Bréfritari: Þorsteinn Torfason
Viðtakandi: Friðfinnur Illugason
Dagsetning: A-1863-12-04
Skrifað á: Hlíðarenda  S-Þing.

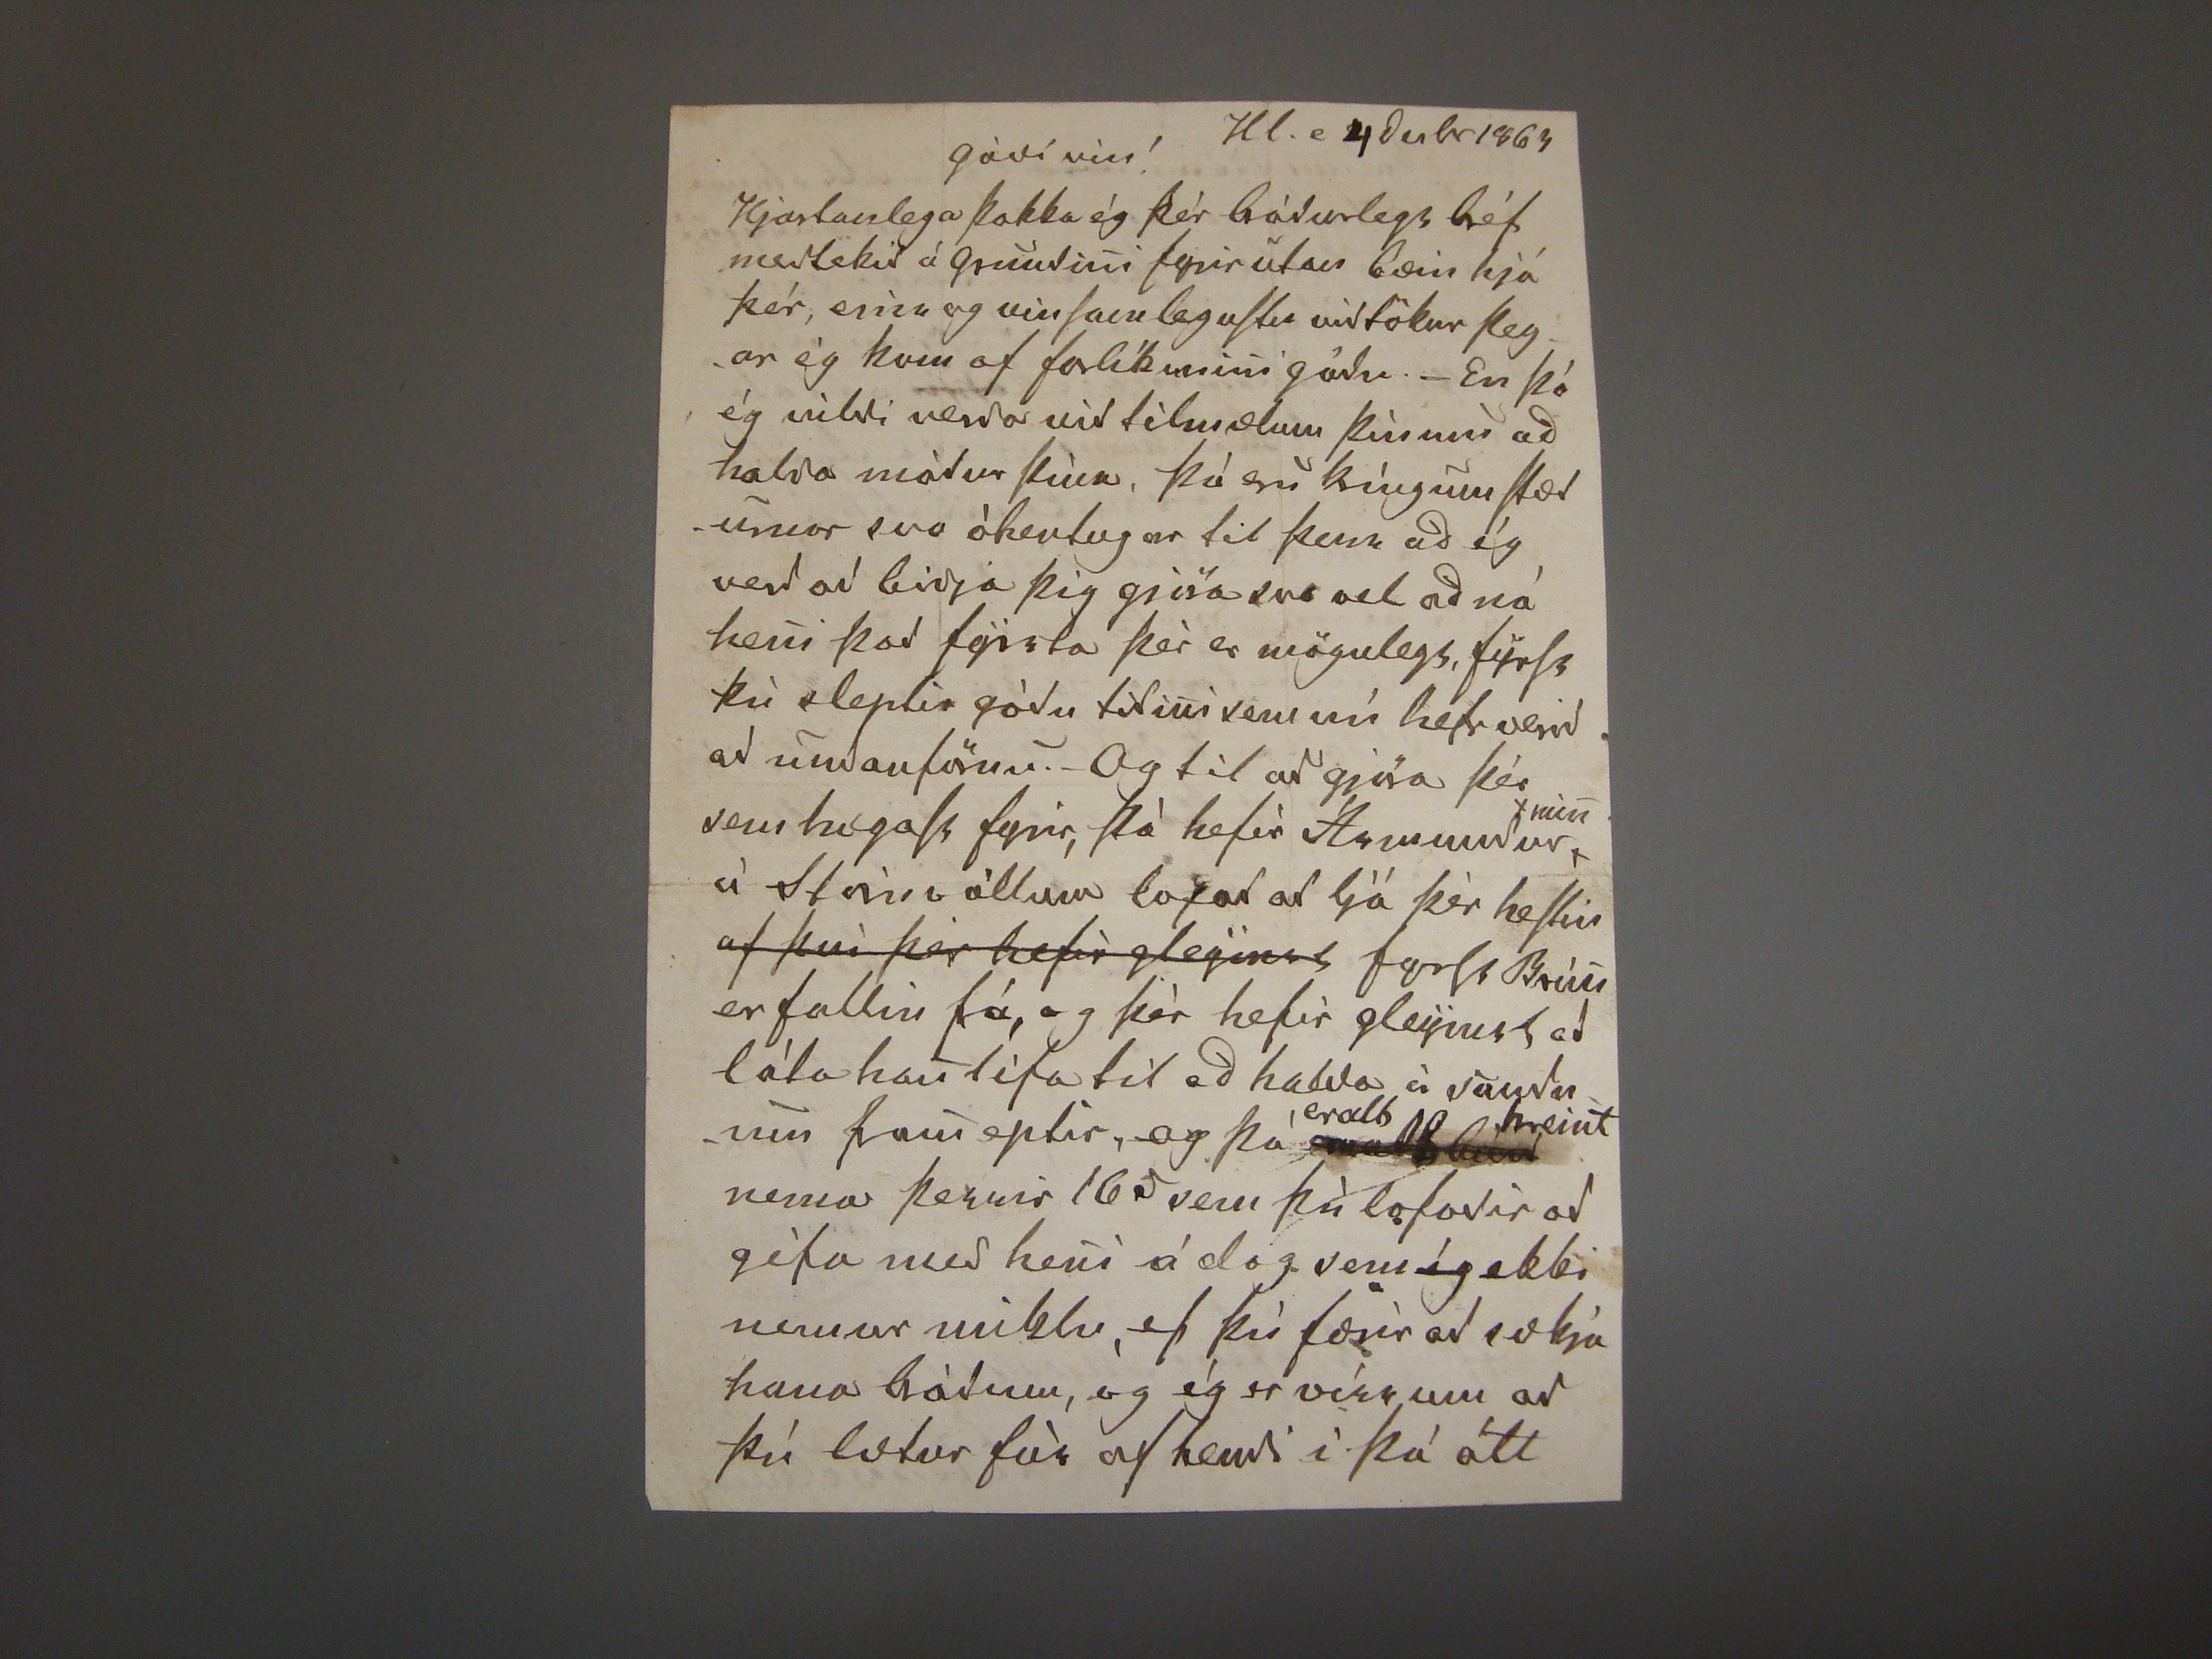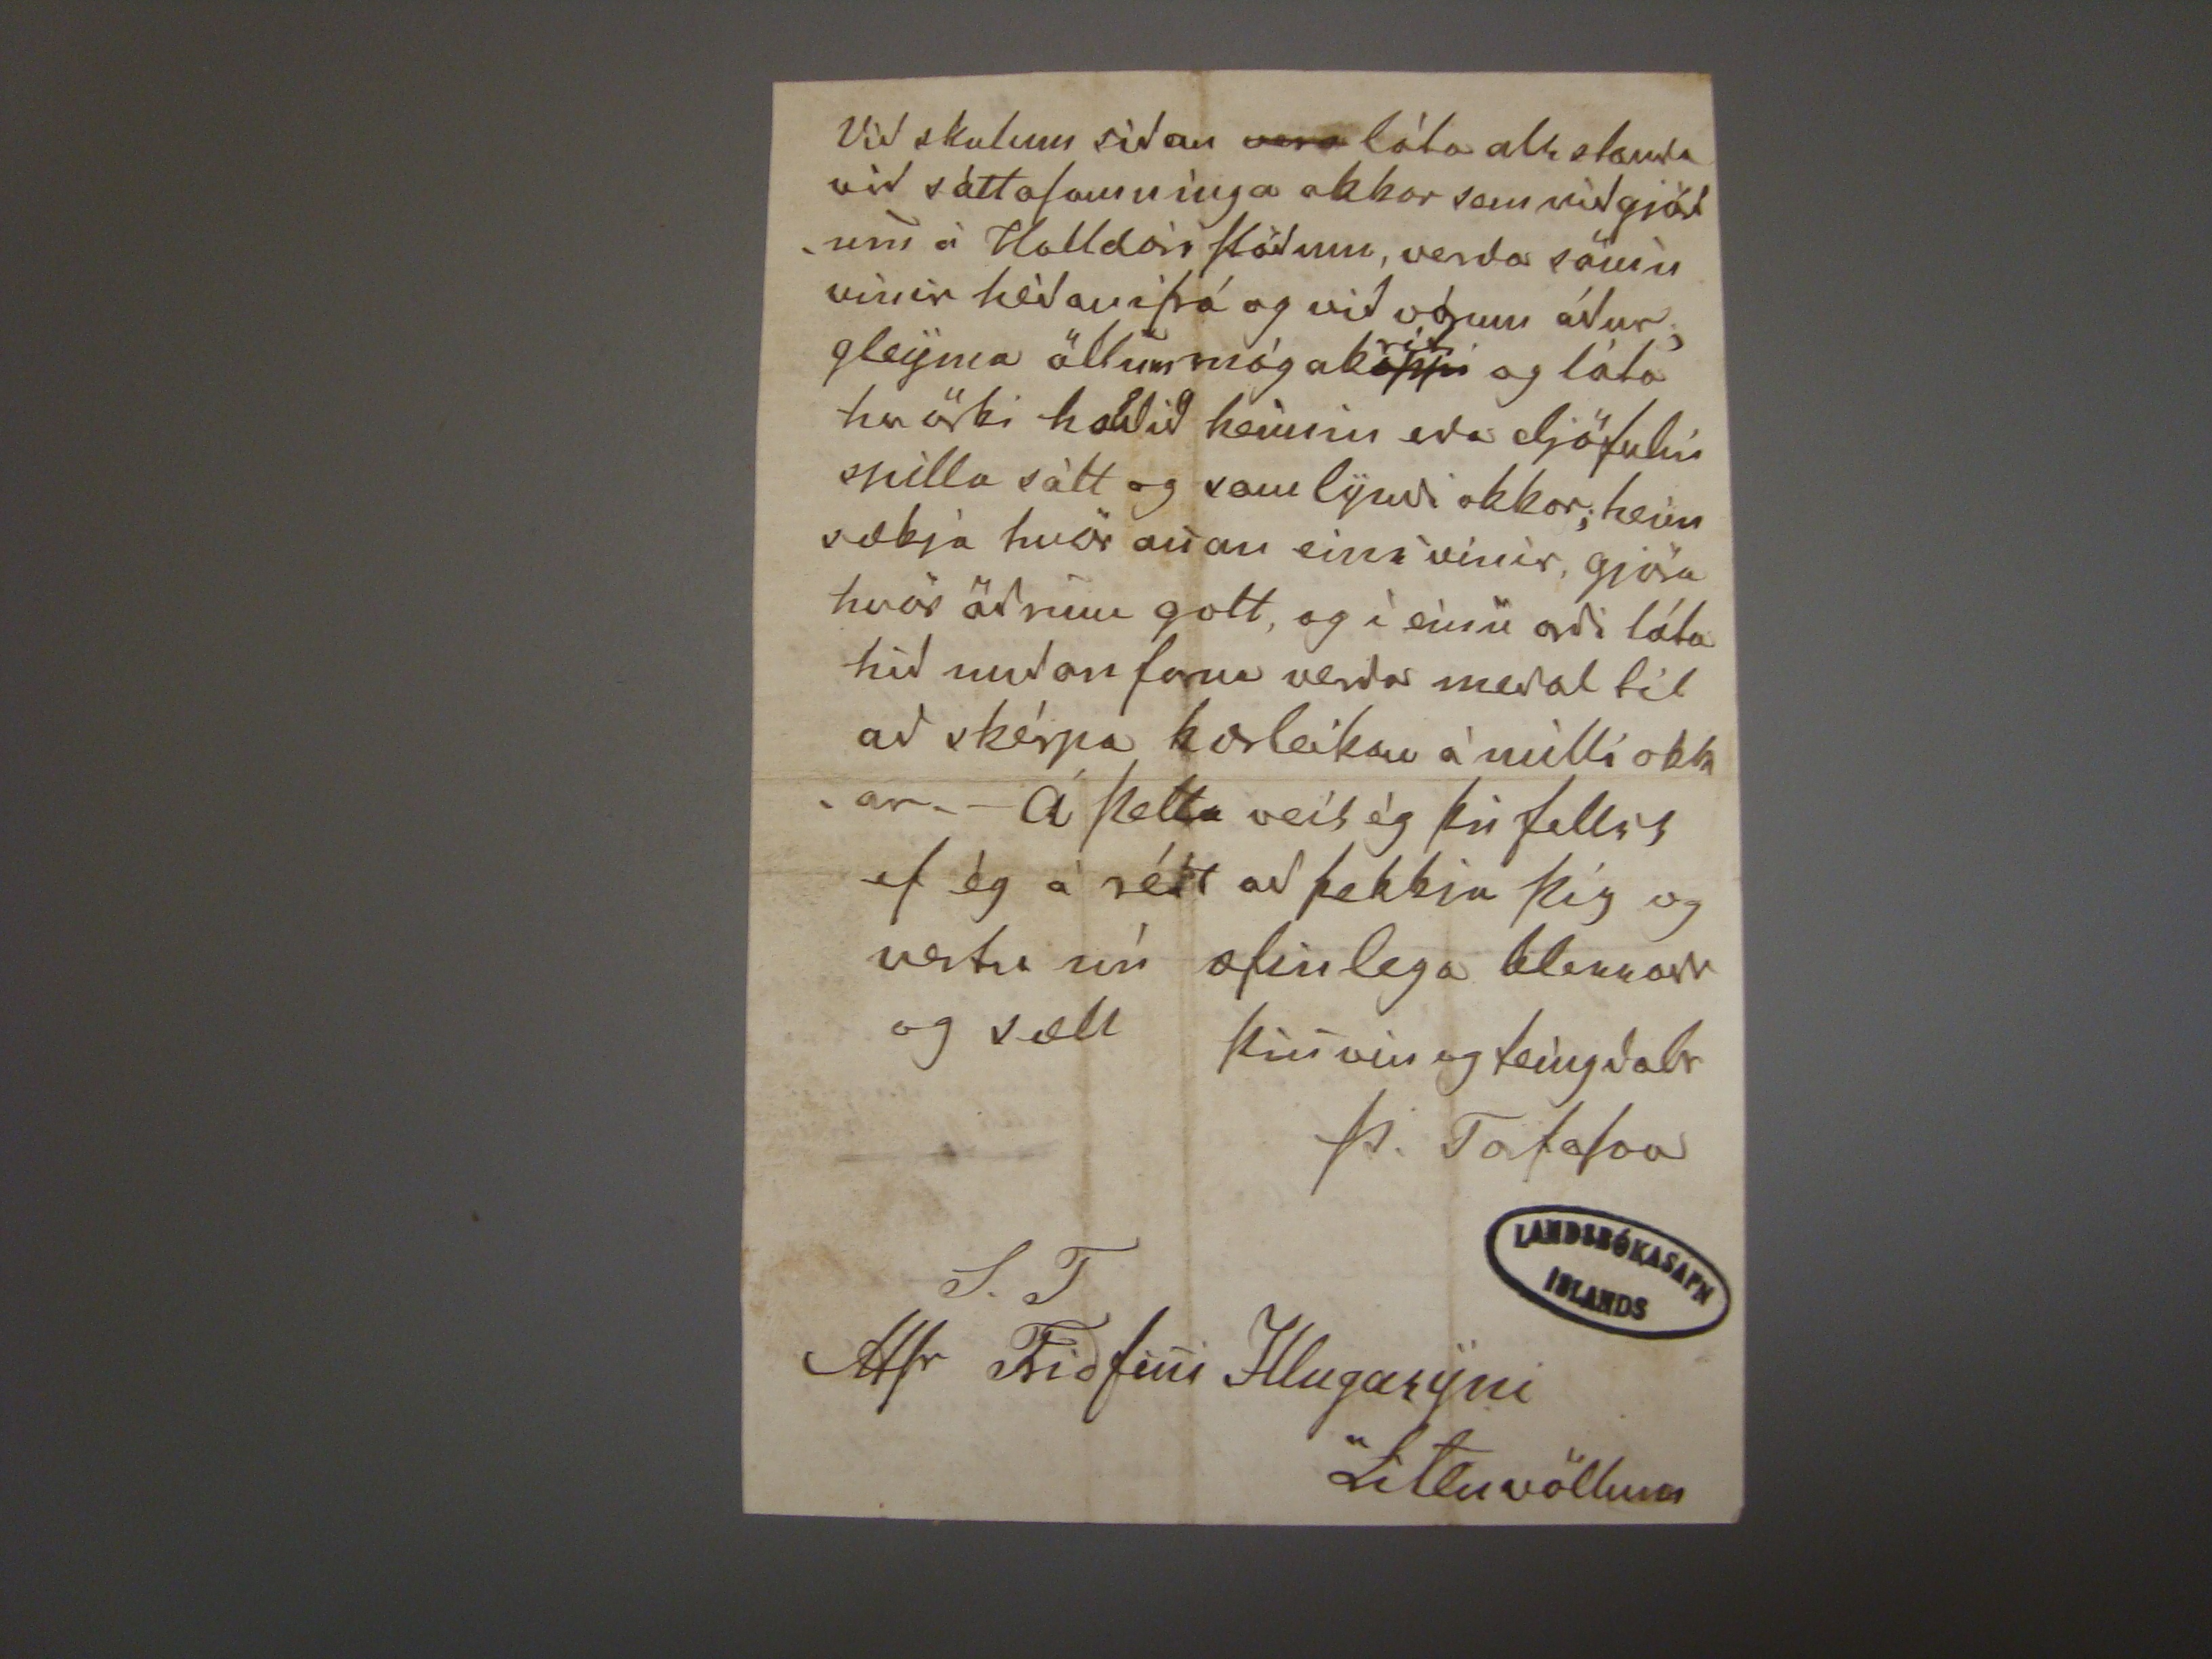

Hl. e 4 desbr 1863
góði vin!
Hjartanlega þakka ég þér bróðurlegs bréf meðtekið á
????
fyrir utan bæin hjá þér,
einn
og vinsamlegustu viðtökur
þegar ég kom af
forlíkunini
góðu - En þó ég vildi verða við tilmælum þínum að halda móður þína, þá eru kríngum stæðunar svo óhentugar
til þess að ég verð að biðja þig gjöra svo vel og ná heni það fyrsta þér er mögulegt, fyrst þú sleptir góðu tiðini sem nú hefr verið að undanförnu.- Og til að gjöra
þér sem hægast fyrir, þá hefir Ásmundur
minn
á
Steinvöllum
lofað að ljá þér hestin
af því þér hefir gleymst
fyrst
Brún
er fallin fá, og þér hefur gleymst að láta han lifa til að halda á
sauðunum
fram
eptir, gog þá
????
eralt hreint
nema þessir 16
?
sem þú lofaðir að gifa með heni á
dog
sem ég ekki munar miklu, ef þú færir að sækja hana bráðum, og
ég er víss um að þú lætur fór af hendi í þá átt
Við skulum síðan
vera
láta alt standa við sáttasamninga okkar sem við gjörðum á Halldórs stöðum, verða
sönin vinir hédanifrá og við
vórum
áður, gleyma öllum
mógab
uppi
riti
og láta hvörki
hodið
heimin eða djöfulin spilla sátt og sam lyndi okkar; heimsækja
hvör anan eins vinir, gjöra hvör öðrum gott, og í einu orði láta hið undan farna verða meral til að skérpa kærleikan á milli okkar, - Á þetta veit ég þú fellst ef ég á rétt
að þekkia þig og vertu nú ævinlega blessunar og sæll
þin vin og teingdarbr
Þ. Torfason
S. T
Hfr Friðfini Illugasyni
Litluvöllum